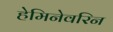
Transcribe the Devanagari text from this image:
हेमिनेवरिन